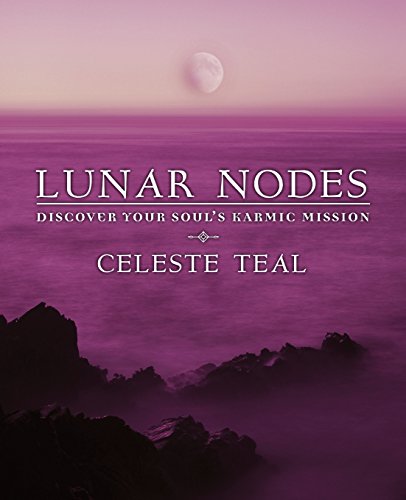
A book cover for Lunar Nodes: Discover Your Soul's Karmic Mission; Celeste Teal; Religion & Spirituality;